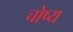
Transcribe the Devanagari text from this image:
चोष्‍य